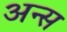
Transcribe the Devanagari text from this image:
अन्स